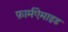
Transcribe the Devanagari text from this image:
फ़ार्मऐमाइड